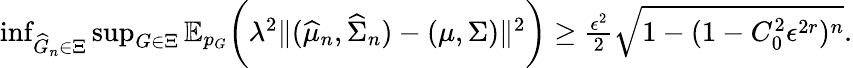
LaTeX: \begin{array}{r}{\operatorname*{inf}_{\widehat{G}_{n}\in\Xi}\operatorname*{sup}_{G\in\Xi}\mathbb{E}_{p_{G}}\biggr(\lambda^{2}\| (\widehat{\mu}_{n},\widehat{\Sigma}_{n})-(\mu,\Sigma)\| ^{2}\biggr)\geq\frac{\epsilon^{2}}{2}\sqrt{1-(1-C_{0}^{2}\epsilon^{2r})^{n}}.}\end{array}